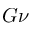
G \nu